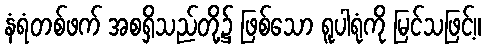
နံရံတစ်ဖက် အစရှိသည်တို့၌ ဖြစ်သော ရူပါရုံကို မြင်သဖြင့်။